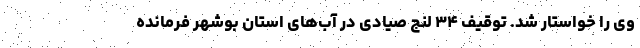
وی را خواستار شد. توقیف ۳۴ لنج صیادی در آب‌های استان بوشهر فرمانده